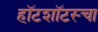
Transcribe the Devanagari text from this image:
हॉटशॉटस्चा